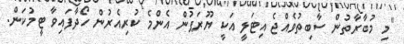
"މި މުބާރާތުން ސާބިތުވެއްޖެ އިޓަލީ އަކީ ޔޫރަޕުން އެންމެ ކުރިއެރުން ހޯދާފައިވާ ޓީމުކަން.